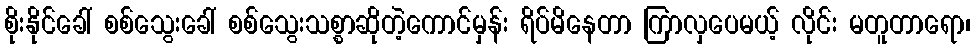
စိုးနိုင်ခေါ် စစ်သွေးခေါ် စစ်သွေးသစ္စာဆိုတဲ့ကောင်မှန်း ရိပ်မိနေတာ ကြာလှပေမယ့် လိုင်း မတူတာရော၊